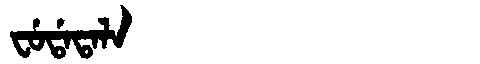
Manchu: ᠸᡠᡩᠠᡨᠠᠯᠠ
Romanization: FUDATALA